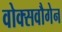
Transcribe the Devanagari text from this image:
वोक्सवौगेन